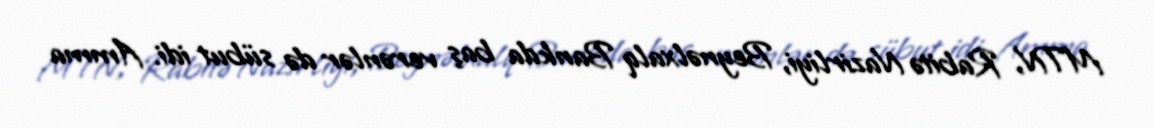
MTN, Rabitə Nazirliyi, Beynəlxalq Bankda baş verənlər də sübut idi. Amma